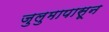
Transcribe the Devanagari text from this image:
जुलुमापासून